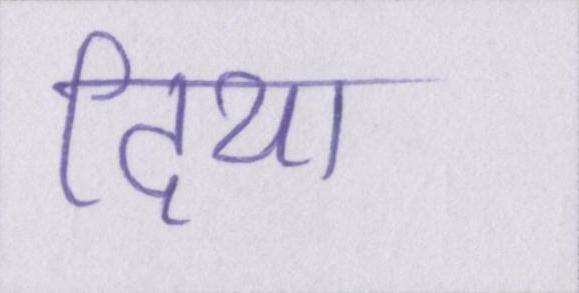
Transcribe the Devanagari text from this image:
दिया